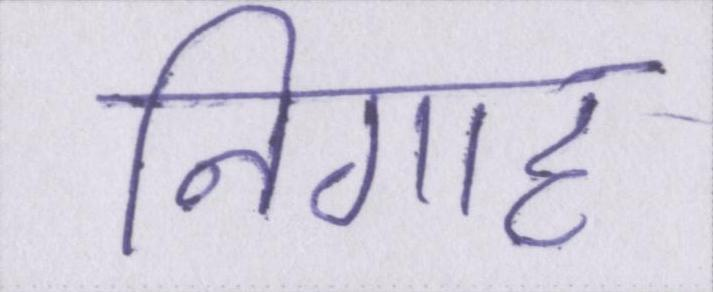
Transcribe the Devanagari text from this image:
निगाह